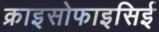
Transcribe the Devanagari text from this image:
क्राइसोफाइसिई